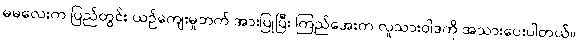
မမလေးက ပြည်တွင်း ယဉ်ကျေးမှုဘက် အားပြုပြီး ကြည်အေးက လူသားဝါဒကို အသားပေးပါတယ်။